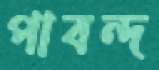
পাবন্দ